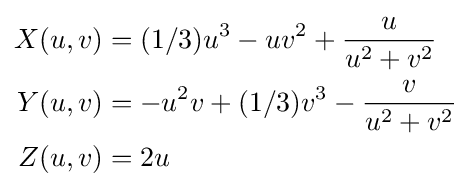
{\begin{aligned}X(u,v)&=(1/3)u^{3}-uv^{2}+{\frac {u}{u^{2}+v^{2}}}\\Y(u,v)&=-u^{2}v+(1/3)v^{3}-{\frac {v}{u^{2}+v^{2}}}\\Z(u,v)&=2u\end{aligned}}